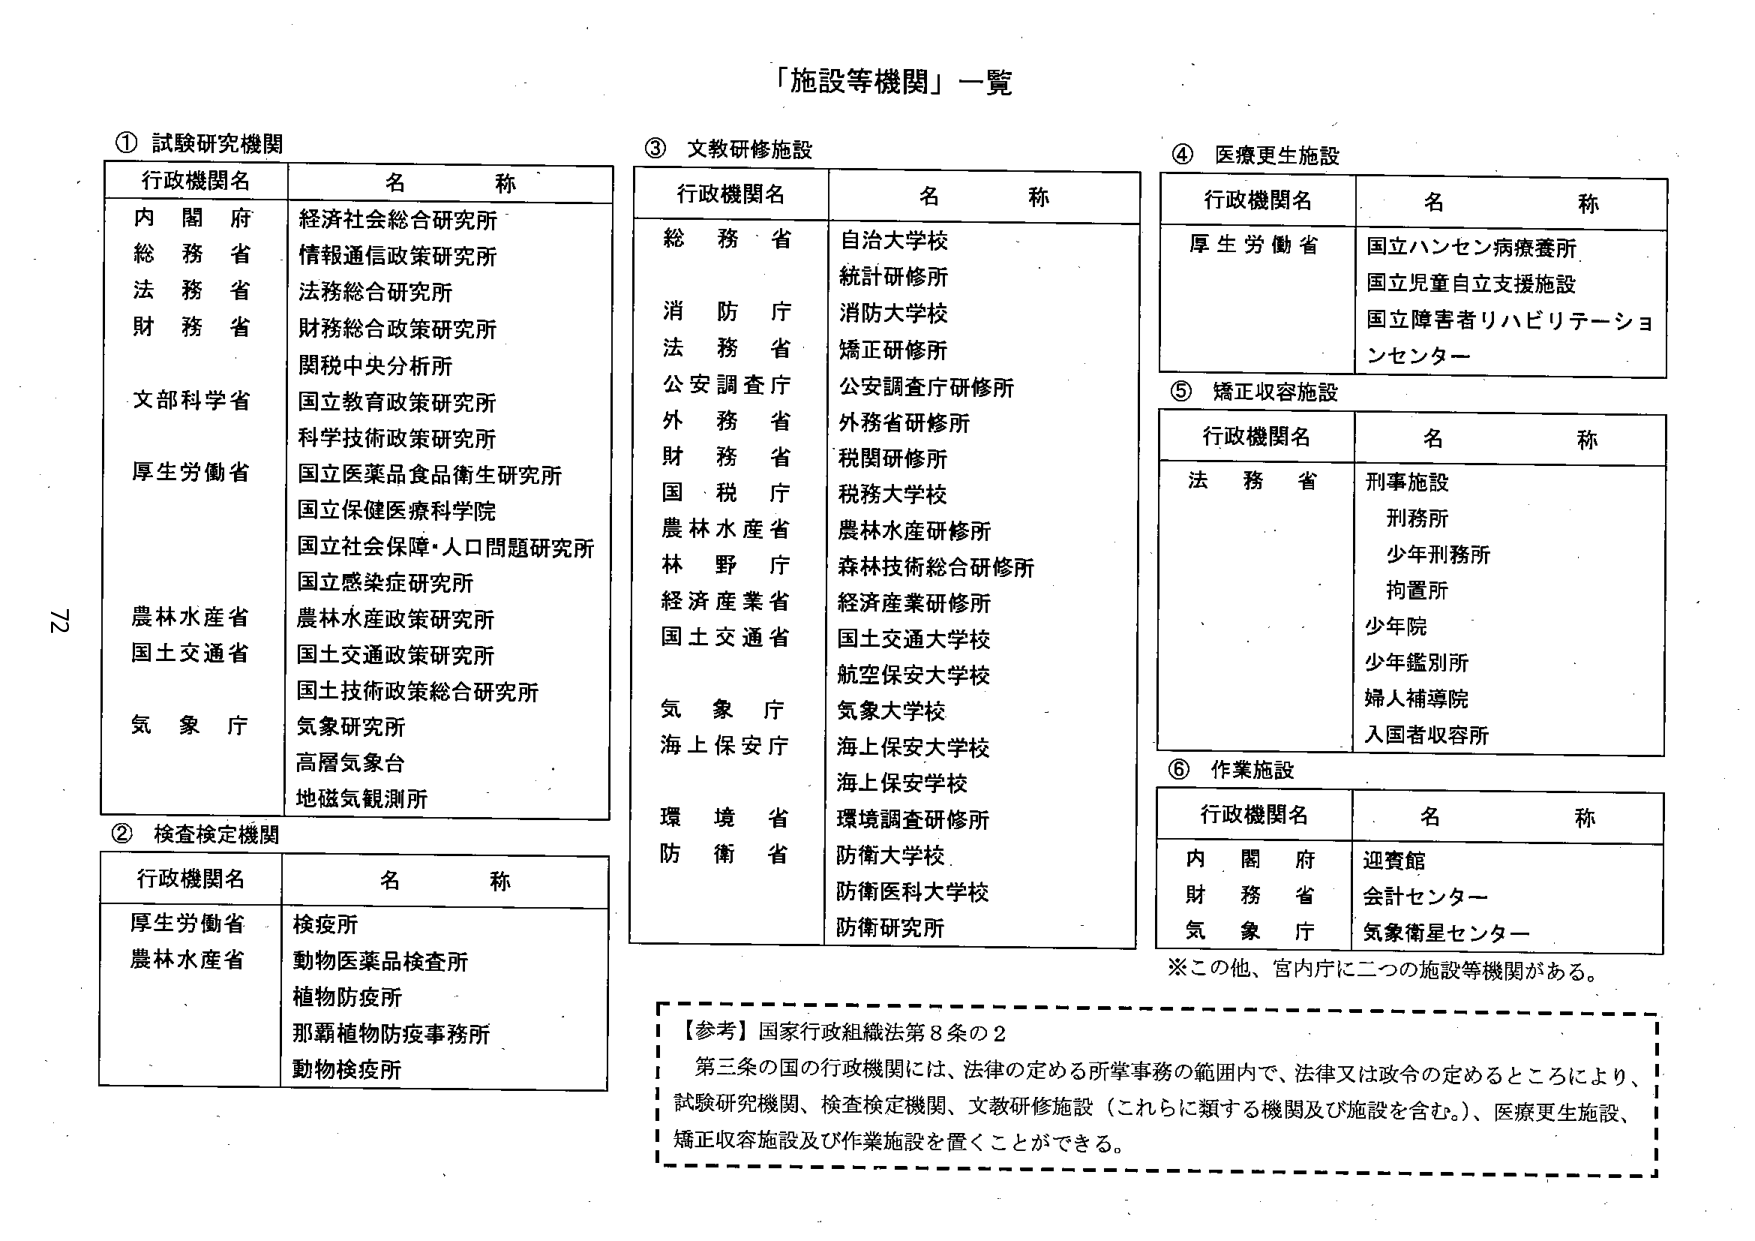
「施設等機関」一覧

① 試験研究機関
行政機関名　　　　　名称
内閣府　　　　　　　経済社会総合研究所
総務省　　　　　　　情報通信政策研究所
法務省　　　　　　　法務総合研究所
財務省　　　　　　　財務総合政策研究所
　　　　　　　　　　関税中央分析所
文部科学省　　　　　国立教育政策研究所
　　　　　　　　　　科学技術政策研究所
厚生労働省　　　　　国立医薬品食品衛生研究所
　　　　　　　　　　国立保健医療科学院
　　　　　　　　　　国立社会保障・人口問題研究所
　　　　　　　　　　国立感染症研究所
農林水産省　　　　　農林水産政策研究所
国土交通省　　　　　国土交通政策研究所
　　　　　　　　　　国土技術政策総合研究所
気象庁　　　　　　　気象研究所
　　　　　　　　　　高層気象台
　　　　　　　　　　地磁気観測所

② 検査検定機関
行政機関名　　　　　名称
厚生労働省　　　　　検疫所
農林水産省　　　　　動物医薬品検査所
　　　　　　　　　　植物防疫所
　　　　　　　　　　那覇植物防疫事務所
　　　　　　　　　　動物検疫所

③ 文教研修施設
行政機関名　　　　　名称
総務省　　　　　　　自治大学校
　　　　　　　　　　統計研修所
消防庁　　　　　　　消防大学校
法務省　　　　　　　矯正研修所
公安調査庁　　　　　公安調査庁研修所
外務省　　　　　　　外務省研修所
財務省　　　　　　　税関研修所
国税庁　　　　　　　税務大学校
農林水産省　　　　　農林水産研修所
林野庁　　　　　　　森林技術総合研修所
経済産業省　　　　　経済産業研修所
国土交通省　　　　　国土交通大学校
　　　　　　　　　　航空保安大学校
気象庁　　　　　　　気象大学校
海上保安庁　　　　　海上保安大学校
　　　　　　　　　　海上保安学校
環境省　　　　　　　環境調査研修所
防衛省　　　　　　　防衛大学校
　　　　　　　　　　防衛医科大学校
　　　　　　　　　　防衛研究所

④ 医療更生施設
行政機関名　　　　　名称
厚生労働省　　　　　国立ハンセン病療養所
　　　　　　　　　　国立児童自立支援施設
　　　　　　　　　　国立障害者リハビリテーションセンター

⑤ 矯正収容施設
行政機関名　　　　　名称
法務省　　　　　　　刑事施設
　　　　　　　　　　刑務所
　　　　　　　　　　少年刑務所
　　　　　　　　　　拘置所
　　　　　　　　　　少年院
　　　　　　　　　　少年鑑別所
　　　　　　　　　　婦人補導院
　　　　　　　　　　入国者収容所

⑥ 作業施設
行政機関名　　　　　名称
内閣府　　　　　　　迎賓館
財務省　　　　　　　会計センター
気象庁　　　　　　　気象衛星センター

※この他、宮内庁に二つの施設等機関がある。

【参考】国家行政組織法第8条の2
第三条の国の行政機関には、法律の定める所掌事務の範囲内で、法律又は政令の定めるところにより、
試験研究機関、検査検定機関、文教研修施設（これらに類する機関及び施設を含む。）、医療更生施設、
矯正収容施設及び作業施設を置くことができる。